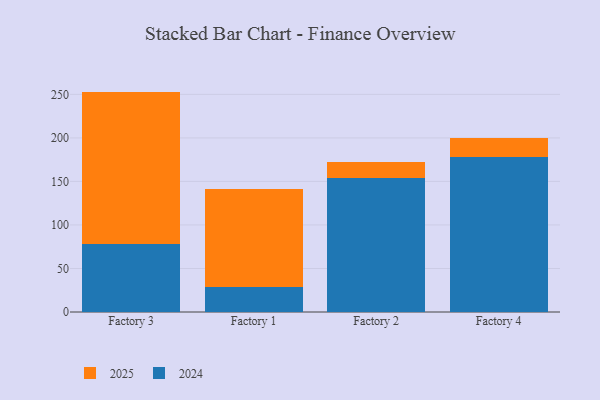
{"axis": {"x": "Factory", "y": "Customer Acquisition Cost (USD)"}, "legend": ["2024", "2025"], "data": [{"x": "Factory 3", "y": 175.2, "type": "2025"}, {"x": "Factory 3", "y": 78.0, "type": "2024"}, {"x": "Factory 1", "y": 113.2, "type": "2025"}, {"x": "Factory 1", "y": 28.3, "type": "2024"}, {"x": "Factory 2", "y": 18.1, "type": "2025"}, {"x": "Factory 2", "y": 154.3, "type": "2024"}, {"x": "Factory 4", "y": 21.0, "type": "2025"}, {"x": "Factory 4", "y": 178.4, "type": "2024"}]}